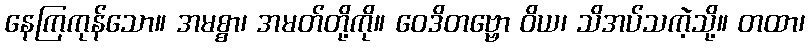
နေကြကုန်သော။ အမစ္စာ၊ အမတ်တို့ကို။ ဝေဒိတဗ္ဗော ဝိယ၊ သိအပ်သကဲ့သို့။ တထာ၊